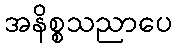
အနိစ္စသညာပေ